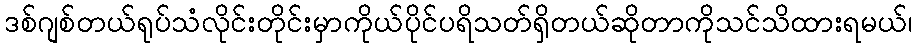
ဒစ်ဂျစ်တယ်ရုပ်သံလိုင်းတိုင်းမှာကိုယ်ပိုင်ပရိသတ်ရှိတယ်ဆိုတာကိုသင်သိထားရမယ်၊